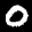
Label: 0